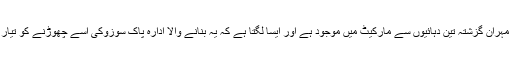
سوزوکی مہران گزشتہ تین دہائیوں سے مارکیٹ میں موجود ہے اور ایسا لگتا ہے کہ یہ بنانے والا ادارہ پاک سوزوکی اسے چھوڑنے کو تیار نہیں ہے۔